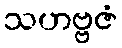
သဟဗ္ဗဇံ